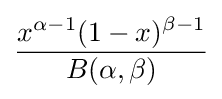
{\frac {x^{\alpha -1}(1-x)^{\beta -1}}{B(\alpha ,\beta )}}